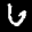
Label: 6